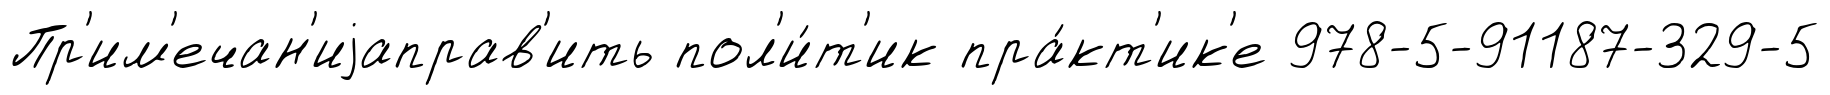
Пр'им'ечан'иjаправ'ить пол'и́т'ик пра́кт'ик'е 978-5-91187-329-5